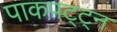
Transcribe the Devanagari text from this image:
पाकपट्ट्न